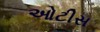
ઓટીસ